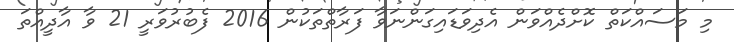
މި މަސައްކަތް ކޮށްދެއްވަން އެދިވަޑައިގަންނަވާ ފަރާތްތަކުން 2016 ފެބުރުވަރީ 21 ވާ އާދީއްތަ